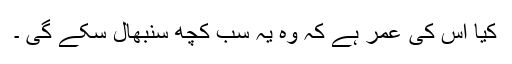
کیا اس کی عمر ہے کہ وہ یہ سب کچھ سنبھال سکے گی ۔